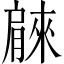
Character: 𦠘